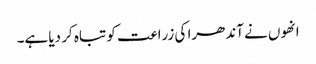
انھوں نے آندھرا کی زراعت کو تباہ کر دیا ہے۔